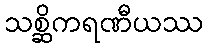
သစ္ဆိကရဏီယဿ